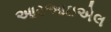
આરઆઇએલ